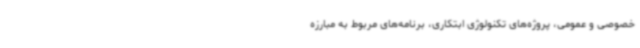
خصوصی و عمومی، پروژه‌های تکنولوژی ابتکاری، برنامه‌های مربوط به مبارزه